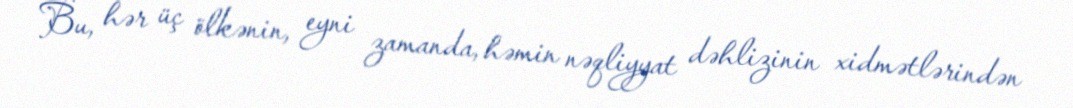
Bu, hər üç ölkənin, eyni zamanda, həmin nəqliyyat dəhlizinin xidmətlərindən